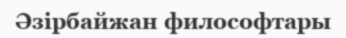
Әзірбайжан философтары